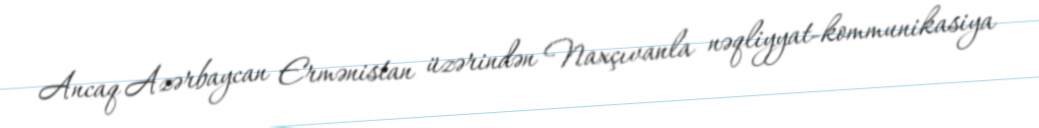
Ancaq Azərbaycan Ermənistan üzərindən Naxçıvanla nəqliyyat-kommunikasiya